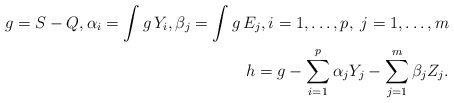
\begin{align*} g=S-Q,\alpha_i=\int g\,Y_i, \beta_j =\int g\,E_j,i=1,\ldots, p,\; j=1,\ldots, m\\ h=g-\sum_{i=1}^p\alpha_j Y_j-\sum_{j=1}^m \beta_jZ_j. \end{align*}